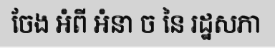
ចែង អំពី អំនា ច នៃ រដ្ឋសភា